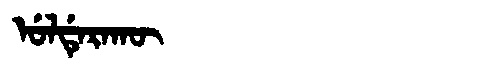
Manchu: ᡠᠯᡩᡝᡵᠠᡴᡡ
Romanization: ULDERAKŪ